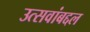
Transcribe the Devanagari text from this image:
उत्सवांबद्दल